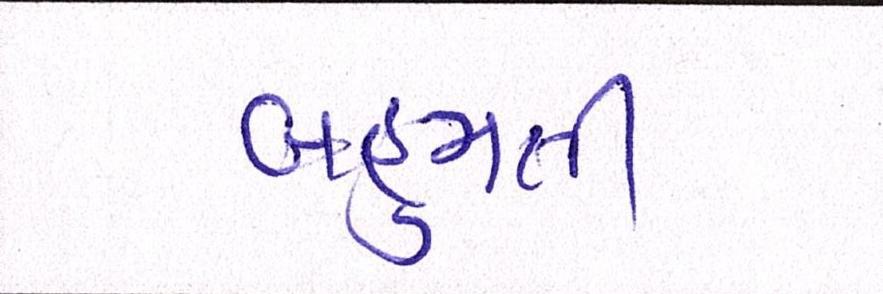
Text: બહુમતી